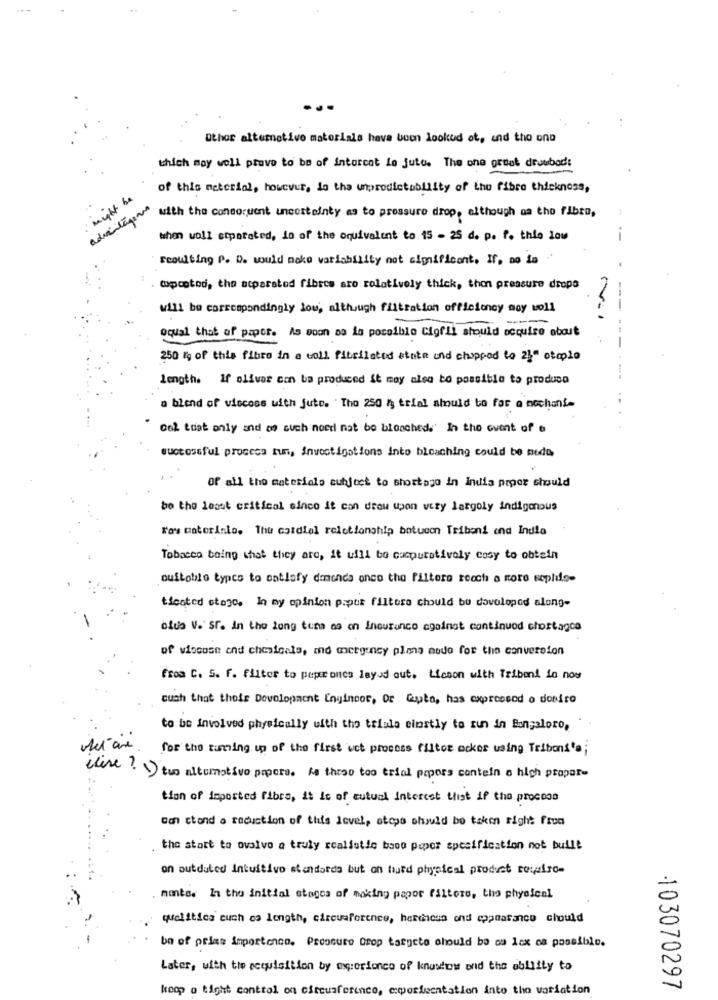
Othor alternative materials have been looked ot, and the one
which may woll pravo to be of intarcat Lo jute. The one great drawbad:
of this material, however, is the unpredictability of the fibre thickness,
might be
adventazioni
with the congoruent uncertainty as to pressure drop, although na tho fibra,
when woll stparated, lo of the oquivalent to 15 - 25 d. p. f. thia low
resulting P. D. would make variability not significant. If, no fo .'
@ipcatod, the atparated fibres are relatively thick, then pressure dropa
will be correspondingly low, although filtration officiency moy woll
..
oqual that of paper. As soon as is possible Cigfli should acquire about
-
250 Ig of this fibro in a woll fibrilsted atnie und chopped to 2}" oteplo
Length. If olivar con ba produced it may also be possible to produca
a blend of viscose with jute. ' Tho 250 / trial amuld to far a nochani-
Col tust only and as such need not be blancheds' In the event of e
quotosoful procesa tun, Investigations into bleaching could be nedo,
Of all the materials subject to shortage in india peger should
be the least critical since it can drew upon very largely indigenous
T'as matorinto. The cordial relationship botucon Triboni end India
Tobacco boing that they are, it will be cucpurativoly cosy to obtein
ouitobio typco to satisfy denenda onco the filtero recch a more seplife-
ticoted stage. In my opinion pipes filtere chould bu dovolopod along-
olus V. Sr. In the long tens as on Inouranco againat continuod chostagca
of viscose and chemicals, and mergency plans modo for the conversion
from C. S. F. filter to peperones layed out. Licoon with Triband So now
cuch that their Development Engineer, Or lapto, has expressed o dobro
to be involved physically with tho tefala einstly to run in Bungaloro,
for the tunning up of the first wct process filtor mcker using Tribons's;
elise ? \) two altomotive papers. As these too trial pepers contein a high proper-
tion of imported fibre, it is of mutual interest thist if the process
con ctand a reduction of this level, steps should be taken right frun
the stort to ovalvo a truly realistic booo peper specification not built
on outdated intuitivo standarda but on hurd physical product royalro-
. mente. In the initial stages of making papor filtere, the physical
quelitica cuch os length, circumference, herdicus ond appearance chould
bo of prixs importonno. Pressure Drop targete should be ou 1cx na possible.
Later, with the acquisition by experience of knowfines and the ability to
koop o tight control on circusference, emportuentation into tho variation
103070297